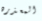
المعذره